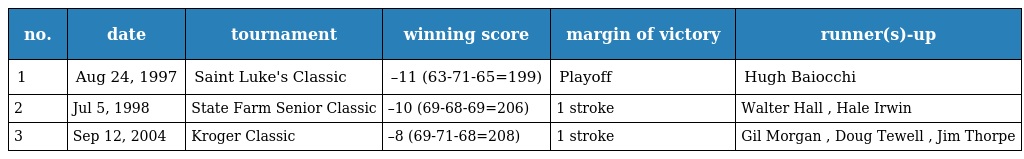
| no. | date | tournament | winning score | margin of victory | runner(s)-up |
 | --- | --- | --- | --- | --- | --- |
 | 1 | Aug 24, 1997 | Saint Luke's Classic | –11 (63-71-65=199) | Playoff | Hugh Baiocchi |
 | 2 | Jul 5, 1998 | State Farm Senior Classic | –10 (69-68-69=206) | 1 stroke | Walter Hall , Hale Irwin |
 | 3 | Sep 12, 2004 | Kroger Classic | –8 (69-71-68=208) | 1 stroke | Gil Morgan , Doug Tewell , Jim Thorpe |